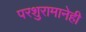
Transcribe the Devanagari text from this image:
परशुरामानेही